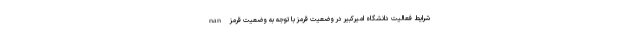
nan شرایط فعالیت دانشگاه امیرکبیر در وضعیت قرمز با توجه به وضعیت قرمز